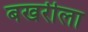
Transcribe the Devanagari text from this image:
बखरीला